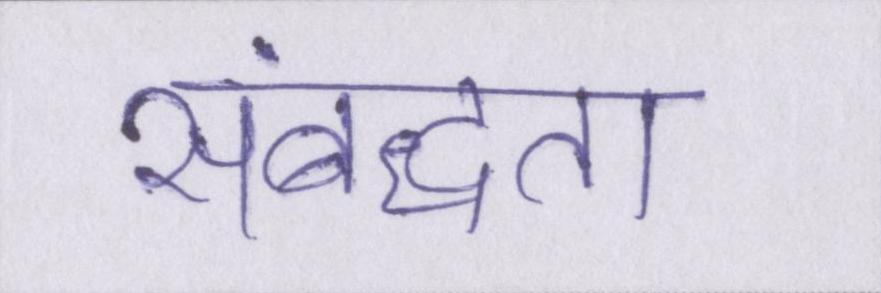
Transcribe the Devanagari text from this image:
संबद्धता